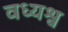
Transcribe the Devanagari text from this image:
वध्यश्व